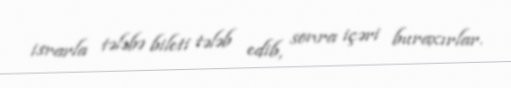
israrla tələbə bileti tələb edib, sonra içəri buraxırlar.